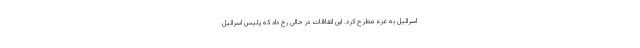
اسرائیل به غزه مطرح کرد. این اتفاقات در حالی رخ داد که پلیس اسرائیل